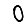
Digit: 0